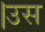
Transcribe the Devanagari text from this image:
।उस